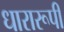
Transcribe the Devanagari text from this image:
धारारूपी